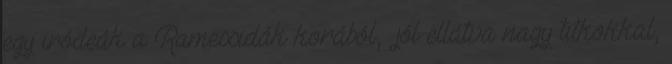
egy iródeák a Ramessidák korából, «jól ellátva nagy titkokkal,